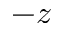
- z